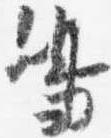
嶋